Annual administration report of the Civil Veterinary Department of India - 1895-1896
Year: 1895
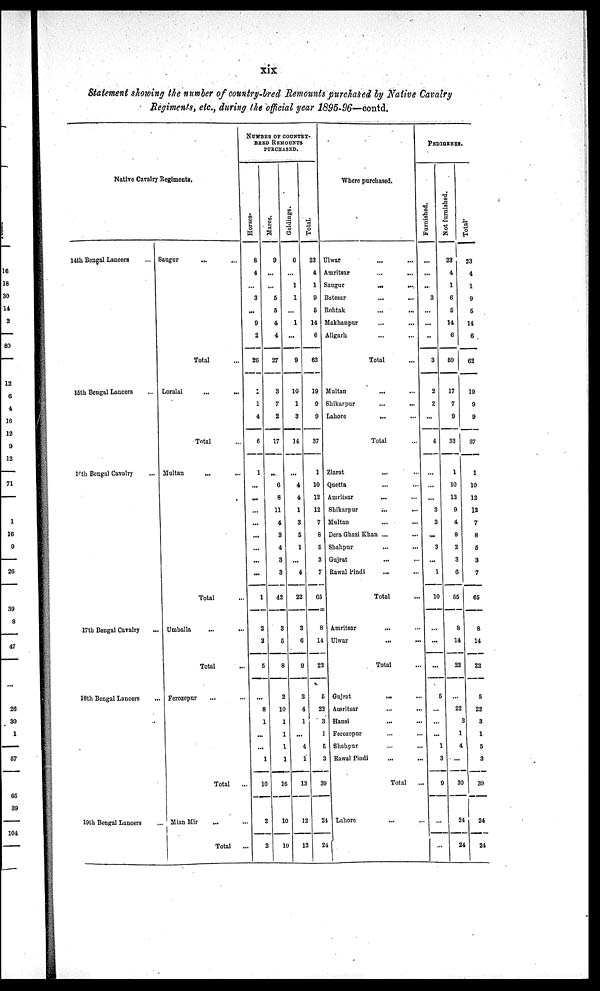
xix
Statement slowing the number of country-bred Remounts purchased by Native Cavalry
Regiments, etc., during the official year 1895-96—contd.
Native Cavalry Regiments.
14th Bengal Lancers ...
15th Bengal Lancers ...
16th Bengal Cavalry ...
17th Bengal Cavalry ...
18th Bengal Lancers ...
19th Bengal Lancers ...
Saugur
... ...
Total ...
Loralai ... ...
Total ...
Multan ... ...
Total ...
Umballa ... ...
Total ...
Ferozepur ... ...
Total
...
Mian Mir ... ...
Total ...
NUMBER OF COUNTRY-
BRED REMOUNTS
PURCHASED.
Hor s e s .
8
4
...
3
...
9
2
26
1
1
4
6
1
...
...
...
...
...
...
...
...
1
2
3
5
...
8
1
...
...
1
10
2
2
Mares.
9
...
...
5
5
4
4
27
3
7
2
17
...
6
8
11
4
3
4
3
3
42
3
5
8
2
10
1
1
1
1
16
10
10
Gel di ngs .
6
...
1
1
...
1
...
9
10
1
3
14
...
4
4
1
3
5
1
...
4
22
3
6
9
3
4
1
...
4
1
13
12
12
Tot al .
23
4
1
9
5
14
6
62
19
9
9
37
1
10
12
12
7
8
5
3
7
65
8
14
22
5
22
3
1
5
3
39
24
24
Where purchased.
Ulwar ... ...
Amritsar
...
...
Saugur
...
...
Batesar ... ...
Rohtak ... ...
Makhanpur ... ...
Aligarh ... ...
Total ...
Multan ... ...
Shikarpur
...
...
Lahore
... ...
Total
Ziarat ... ...
Quetta ... ...
Amritsar ... ...
Shikarpur ... ...
Multan ... ...
Dera Ghazi Khan ... ...
Shahpur ... ...
Gujrat ... ...
Rawal Pindi
... ...
Total ...
Amritsar ... ...
Ulwar
... ...
Total ...
Gujrat
...
...
Amritsar ... ...
Hansi ... ...
Ferozepur ... ...
Shahpur ... ...
Rawal Pindi ... ...
Total ...
Lahore ... ...
PEDIGREES.
Furnished.
...
...
...
3
...
...
...
3
2
2
4
...
...
...
3
3
...
3
...
1
10
...
...
...
5
...
...
...
1
3
9
...
...
Not furnished.
23
4
1
6
5
14
6
59
17
7
9
33
1
10
12
9
4
8
2
3
6
55
8
14
22
...
22
3
1
4
...
30
24
24
Total
23
4
1
9
5
14
6
62
19
9
9
37
1
10
12
12
7
8
5
3
7
65
8
14
22
5
22
3
1
5
3
39
24
24